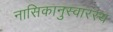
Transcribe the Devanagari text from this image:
नासिकानुस्वारस्य